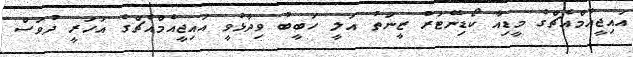
އައިޖީއެމްއެޗްގެ މީޑިއާ ކޯޑިނޭޓަރު ޒީނަތު އަލީ ހަބީބު ވިދާޅުވީ އައިޖީއެމްއެޗްގެ އަހަރީ ދުވަސް